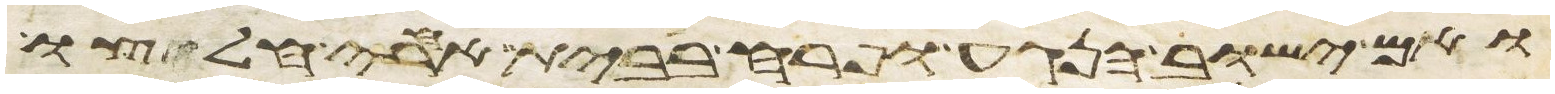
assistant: ואם ישוב הנגע ופרח בבית אחרי חלצו